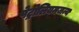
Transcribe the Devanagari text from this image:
पेट्रोलियमजन्य